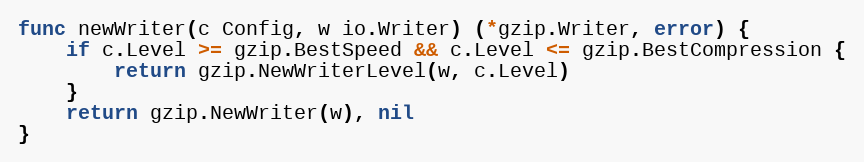
Language: Go
func newWriter(c Config, w io.Writer) (*gzip.Writer, error) {
	if c.Level >= gzip.BestSpeed && c.Level <= gzip.BestCompression {
		return gzip.NewWriterLevel(w, c.Level)
	}
	return gzip.NewWriter(w), nil
}